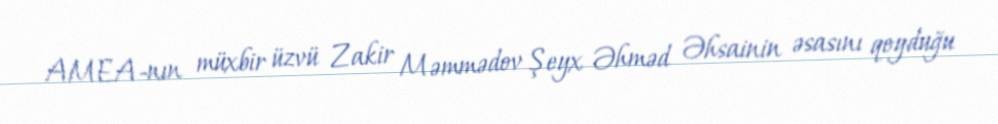
AMEA-nın müxbir üzvü Zakir Məmmədov Şeyx Əhməd Əhsainin əsasını qoyduğu